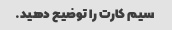
سیم کارت را توضیح دهید.